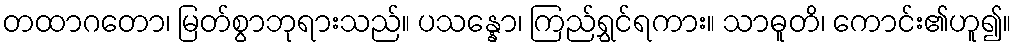
တထာဂတော၊ မြတ်စွာဘုရားသည်။ ပသန္နော၊ ကြည်ရွှင်ရကား။ သာဓူတိ၊ ကောင်း၏ဟူ၍။